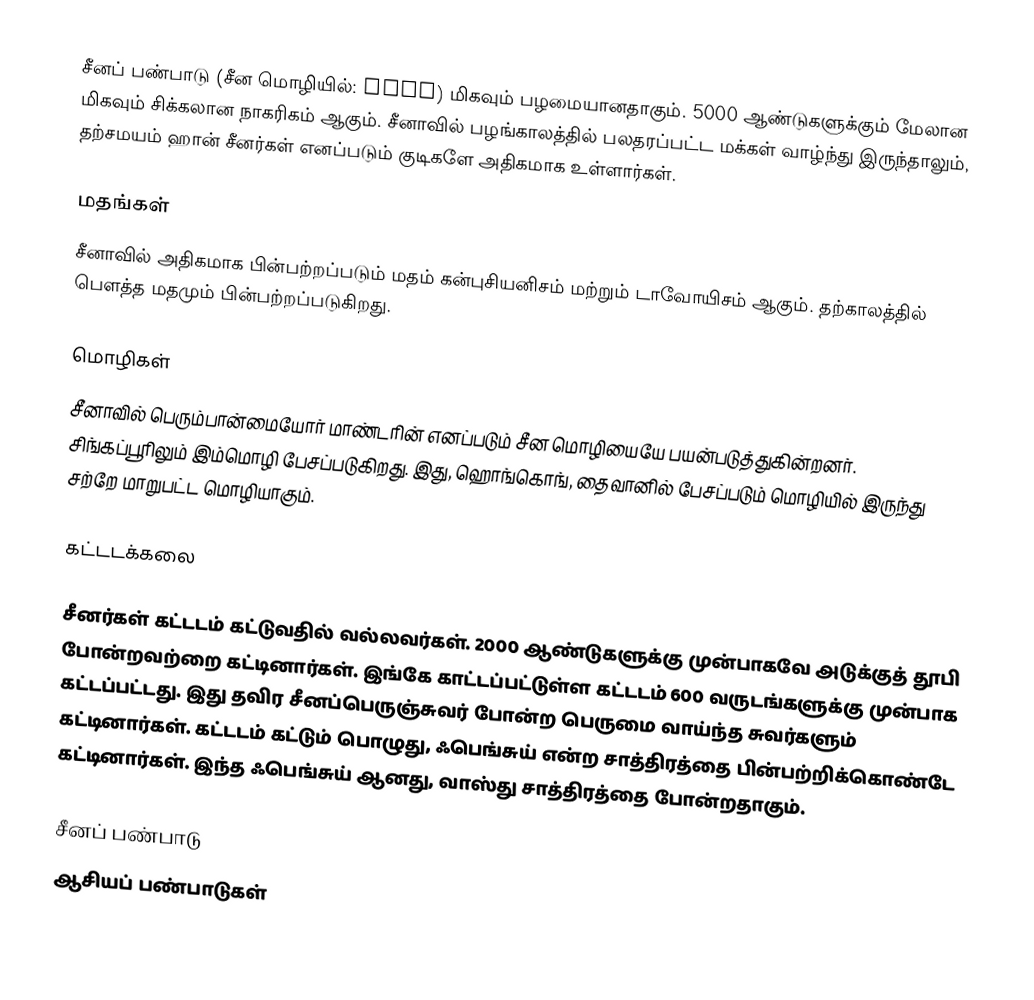
சீனப் பண்பாடு (சீன மொழியில்: 中國文化) மிகவும் பழமையானதாகும். 5000 ஆண்டுகளுக்கும் மேலான மிகவும் சிக்கலான நாகரிகம் ஆகும். சீனாவில் பழங்காலத்தில் பலதரப்பட்ட மக்கள் வாழ்ந்து இருந்தாலும், தற்சமயம் ஹான் சீனர்கள் எனப்படும் குடிகளே அதிகமாக உள்ளார்கள்.

மதங்கள்
சீனாவில் அதிகமாக பின்பற்றப்படும் மதம் கன்புசியனிசம் மற்றும் டாவோயிசம் ஆகும். தற்காலத்தில் பௌத்த மதமும் பின்பற்றப்படுகிறது.

மொழிகள்
சீனாவில் பெரும்பான்மையோர் மாண்டரின் எனப்படும் சீன மொழியையே பயன்படுத்துகின்றனர். சிங்கப்பூரிலும் இம்மொழி பேசப்படுகிறது. இது, ஹொங்கொங், தைவானில் பேசப்படும் மொழியில் இருந்து சற்றே மாறுபட்ட மொழியாகும்.

கட்டடக்கலை

சீனர்கள் கட்டடம் கட்டுவதில் வல்லவர்கள். 2000 ஆண்டுகளுக்கு முன்பாகவே அடுக்குத் தூபி போன்றவற்றை கட்டினார்கள். இங்கே காட்டப்பட்டுள்ள கட்டடம் 600 வருடங்களுக்கு முன்பாக கட்டப்பட்டது. இது தவிர சீனப்பெருஞ்சுவர் போன்ற பெருமை வாய்ந்த சுவர்களும் கட்டினார்கள். கட்டடம் கட்டும் பொழுது, ஃபெங்சுய் என்ற சாத்திரத்தை பின்பற்றிக்கொண்டே கட்டினார்கள். இந்த ஃபெங்சுய் ஆனது, வாஸ்து சாத்திரத்தை போன்றதாகும்.

சீனப் பண்பாடு
ஆசியப் பண்பாடுகள்